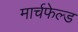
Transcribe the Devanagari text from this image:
मार्चफेल्ड